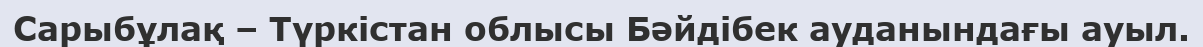
Сарыбұлақ – Түркістан облысы Бәйдібек ауданындағы ауыл.